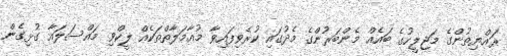
ރައްޔިތުންގެ މަޖިލީހުގެ ބައެއް މެންބަރުންގެ މެދުގައި ކުރެވިފައިވާ މުއާމަލާތްތަކެއް ލީކްވި މައްސަލައާ ގުޅިގެން